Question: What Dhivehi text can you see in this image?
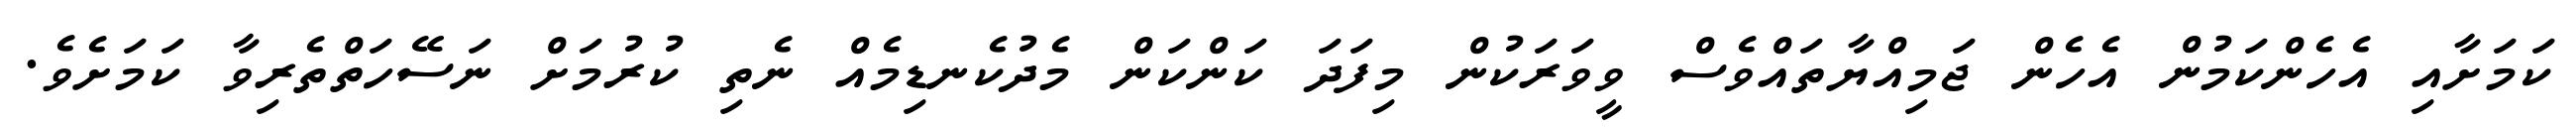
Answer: ކަމަށާއި އެހެންކަމުން އެހެން ޖަމިއްޔާތައްވެސް ވީވަރަކުން މިފަދަ ކަންކަން މެދުކެނޑިމެއް ނެތި ކުރުމަށް ނަސޭހަތްތެރިވާ ކަމަށެވެ.